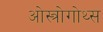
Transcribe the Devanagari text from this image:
ओस्त्रोगोथ्स